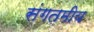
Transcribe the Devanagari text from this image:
संगतमीय